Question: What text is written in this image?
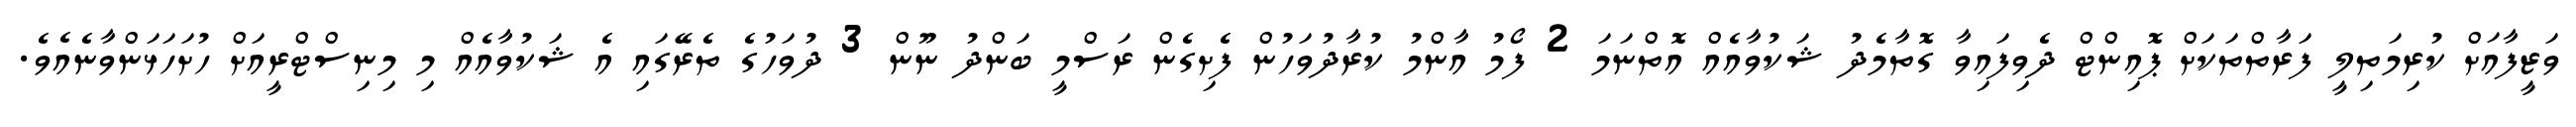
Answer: ވަޒީފާއަށް ކުރިމަތިލީ ފަރާތްތަކަށް ޕޮއިންޓް ދެވިފައިވާ ގޮތާމެދު ޝަކުވާއެއް އޮތްނަމަ 2 ފޯމު އާންމު ކުރާދުވަހުން ފެށިގެން ރަސްމީ ބަންދު ނޫން 3 ދުވަހުގެ ތެރޭގައި އެ ޝަކުވާއެއް މި މިނިސްޓްރީއަށް ހުށަހަޅަންވާނެއެވެ.